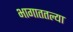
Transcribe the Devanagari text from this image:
भागाततल्या